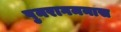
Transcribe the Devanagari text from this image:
पुनरागमनास